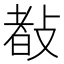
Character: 𢾀